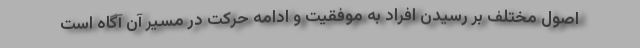
اصول مختلف بر رسیدن افراد به موفقیت و ادامه حرکت در مسیر آن آگاه است